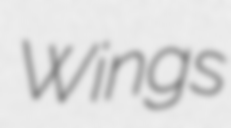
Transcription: Wings